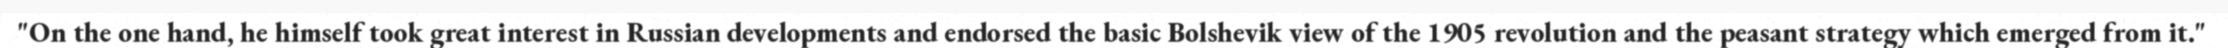
"On the one hand, he himself took great interest in Russian developments and endorsed the basic Bolshevik view of the 1905 revolution and the peasant strategy which emerged from it."